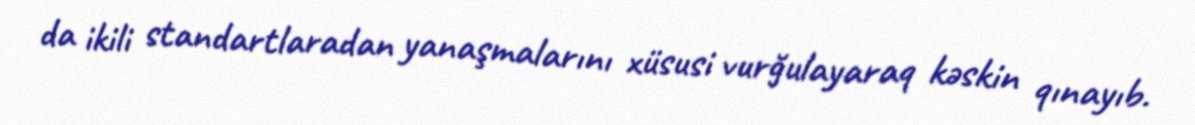
da ikili standartlaradan yanaşmalarını xüsusi vurğulayaraq kəskin qınayıb.